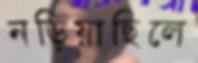
নড়িয়াছিলে